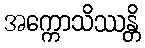
အက္ကောသိဿန္တိ